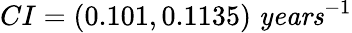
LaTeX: CI=(0.101,0.1135)\; \textrm{\textit{years}}^{-1}